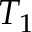
T _ { 1 }